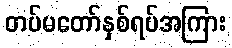
တပ်မတော်နှစ်ရပ်အကြား